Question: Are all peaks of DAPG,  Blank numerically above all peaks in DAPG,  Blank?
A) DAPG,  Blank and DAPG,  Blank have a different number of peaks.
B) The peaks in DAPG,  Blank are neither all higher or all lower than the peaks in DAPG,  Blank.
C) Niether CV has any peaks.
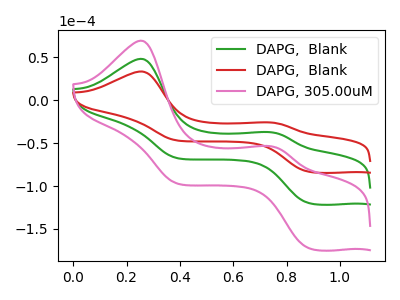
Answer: <think>The green curve "DAPG,  Blank" has anodic peaks at (0.25V, 48.30uA) (0.75V, -37.10uA) and cathodic peaks at (0.90V, -119.90uA) (0.40V, -67.30uA). The red curve "DAPG,  Blank" has anodic peaks at (0.25V, 33.55uA) (0.75V, -25.80uA) and cathodic peaks at (0.90V, -83.35uA) (0.40V, -46.75uA). The pink curve "DAPG, 305.00uM" has anodic peaks at (0.25V, 96.55uA) (0.75V, -74.25uA) and cathodic peaks at (0.90V, -239.80uA) (0.40V, -134.60uA).</think>
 <answer>B) The peaks in "DAPG,  Blank" are neither all higher or all lower than the peaks in "DAPG,  Blank".</answer>
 <eval>B</eval>